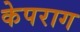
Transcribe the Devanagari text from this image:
केपराग